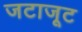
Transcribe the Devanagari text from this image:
जटाजूट